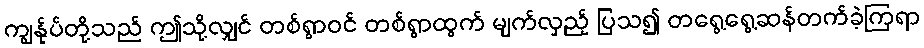
ကျွန်ုပ်တို့သည် ဤသို့လျှင် တစ်ရွာဝင် တစ်ရွာထွက် မျက်လှည့် ပြသ၍ တရွေ့ရွေ့ဆန်တက်ခဲ့ကြရာ